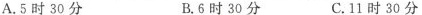
A.5时30分 B.6时30分 C.11时30分